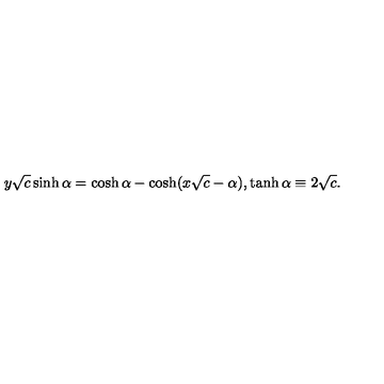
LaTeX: y \sqrt { c } \sinh \alpha = \cosh \alpha - \cosh ( x \sqrt { c } - \alpha ) , \tanh \alpha \equiv 2 \sqrt { c } .